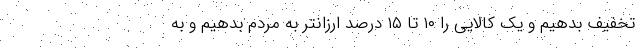
تخفيف بدهيم و يك كالايي را ١٠ تا ١٥ درصد ارزانتر به مردم بدهيم و به